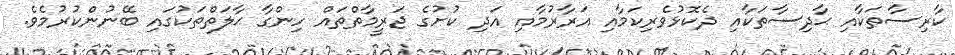
ކާރިސާތަކާއި ޙާދިސާތަކާއި ދެކޮޅުވެރިކަމާއި އަރާރުމާއި އަދި ކުށުގެ ޖަރީމާތްތައް ހިންގާ ޙާލަތްތަކުގައި ބޭނުންކުރުމެވެ.